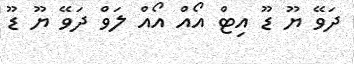
ދަވޭ ޔޫ ޑޫ އިޓް އޯއް އޯއް ލަވް ދަވޭ ޔޫ ޑޫ